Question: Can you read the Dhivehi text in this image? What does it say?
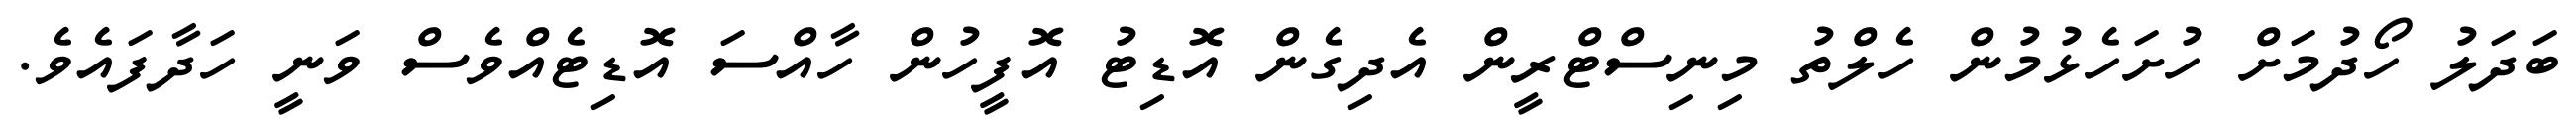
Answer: ބަދަލު ހޯދުމަށް ހުށަހެޅުމުން ހެލްތު މިނިސްޓްރީން އެދިގެން އޮޑިޓު އޮފީހުން ހާއްސަ އޮޑިޓެއްވެސް ވަނީ ހަދާފައެވެ.